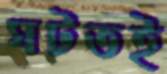
ঘটতই